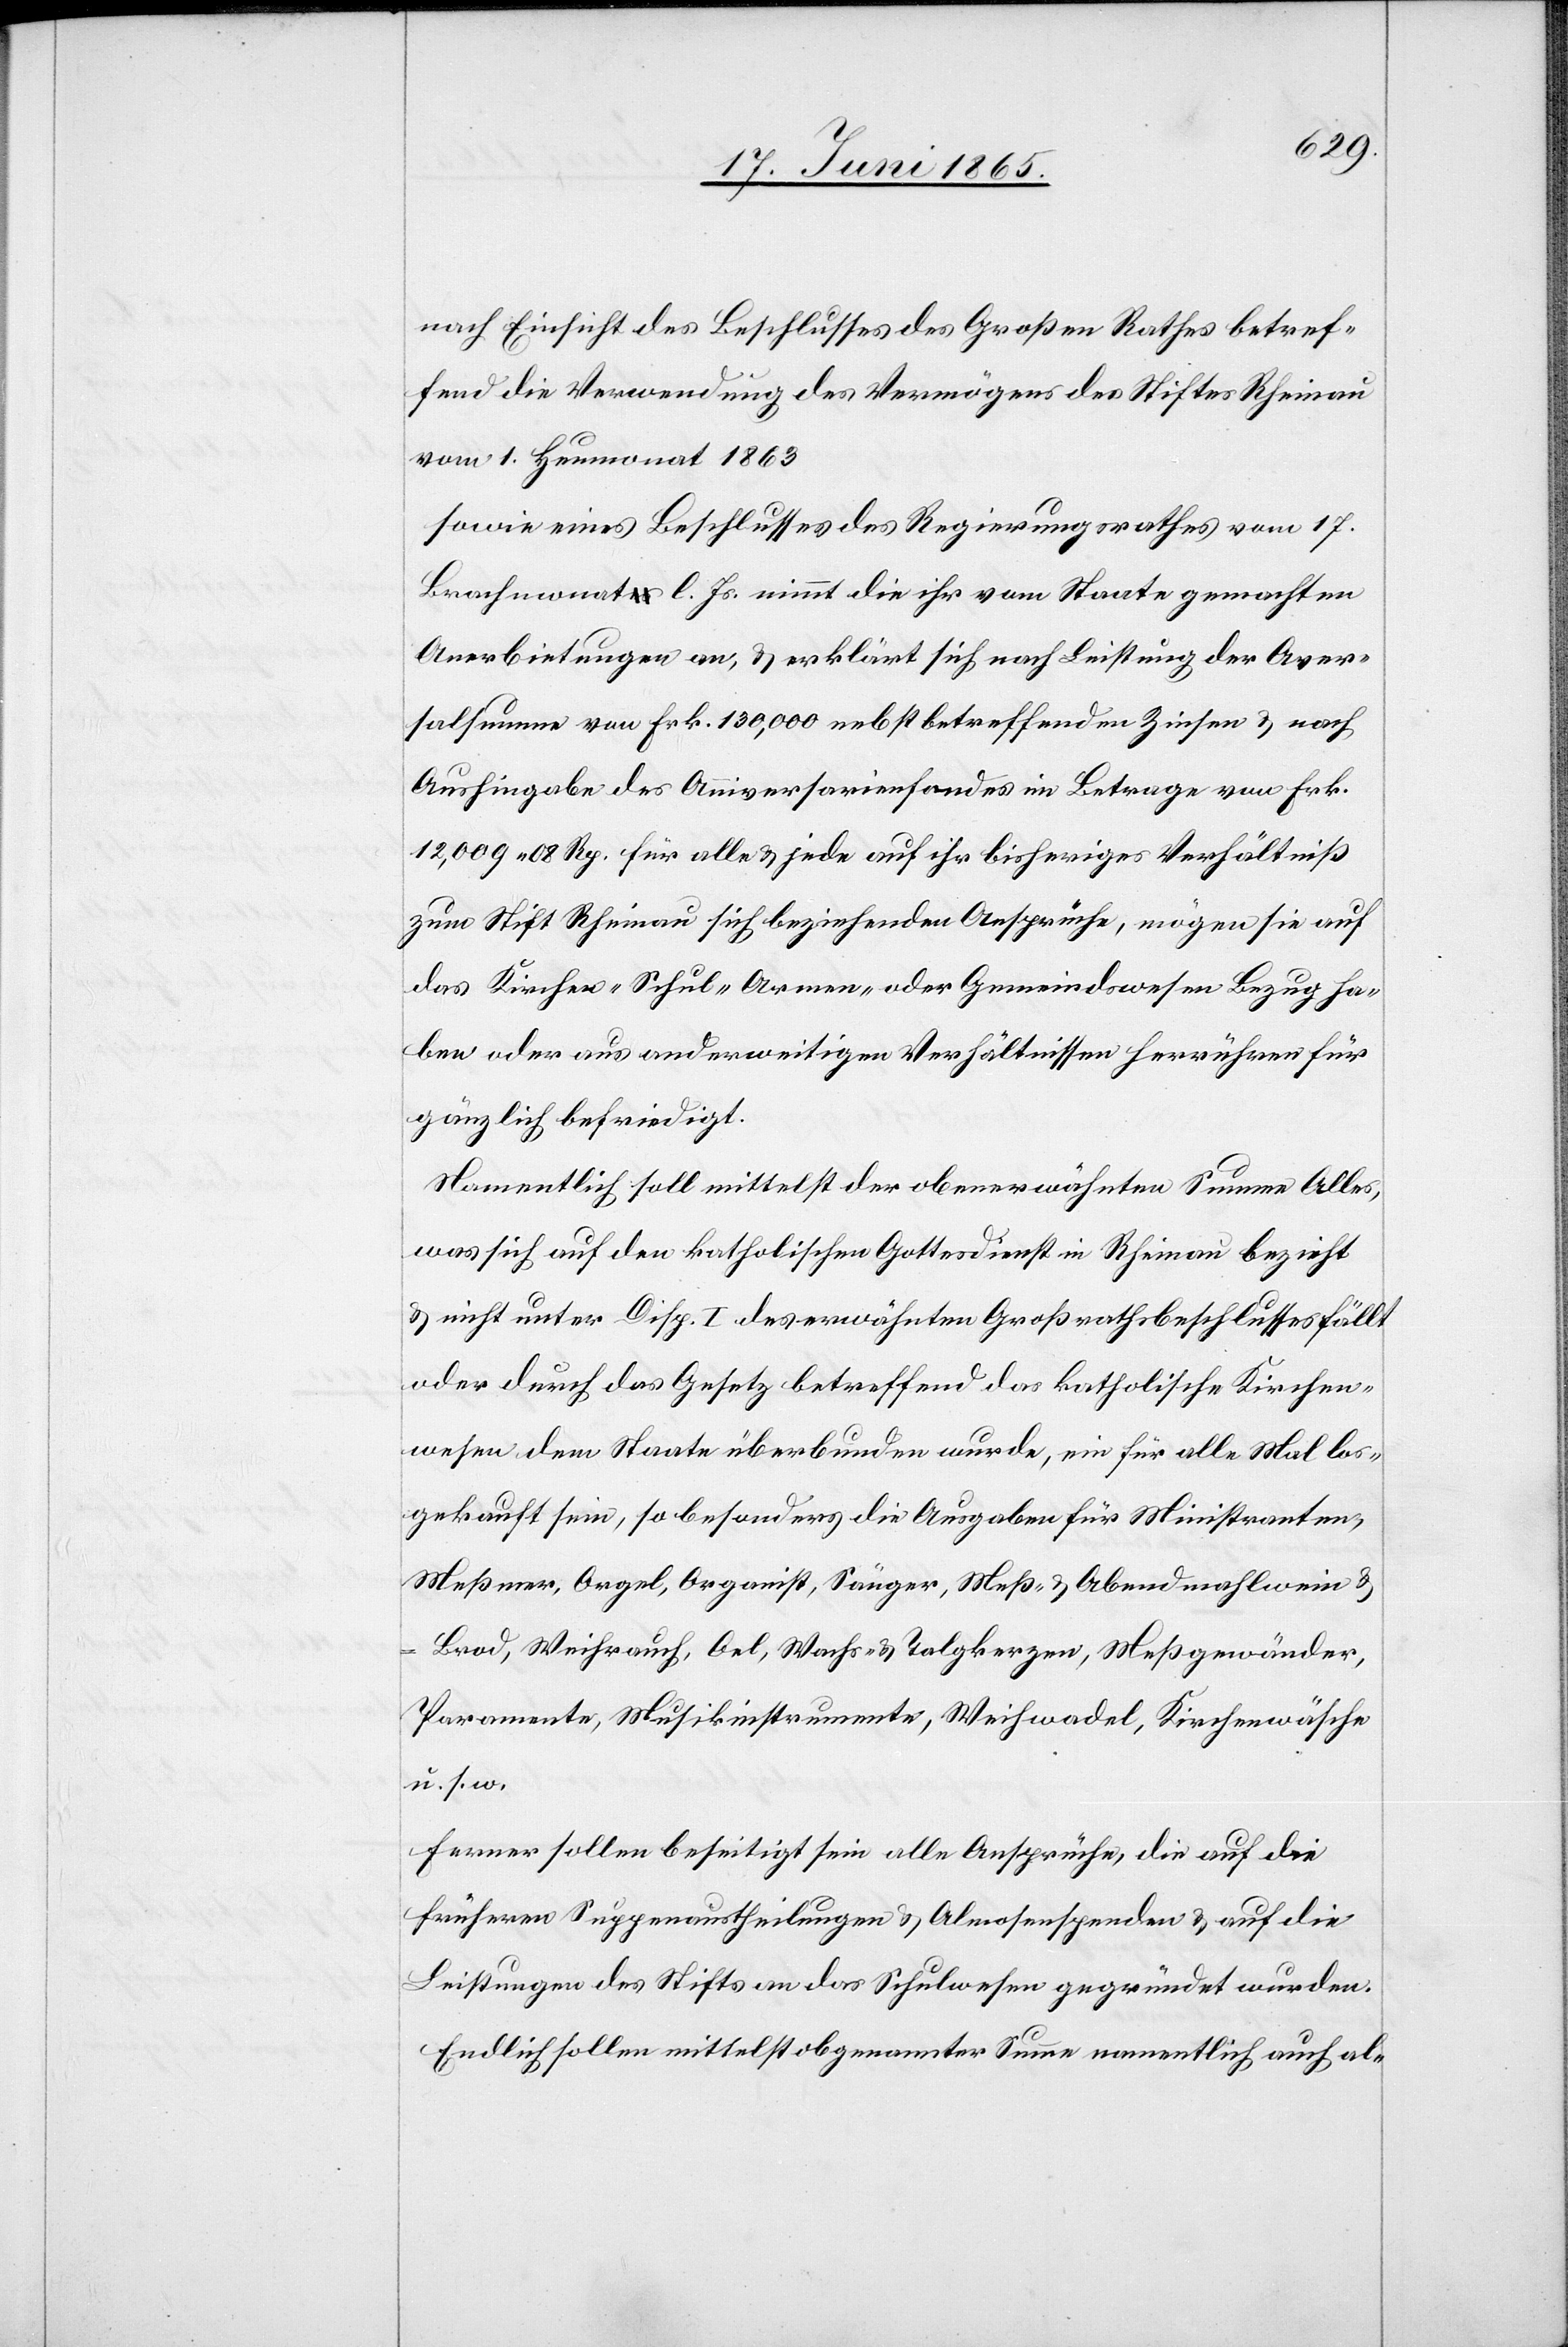
nach Einsicht des Beschlusses des Großen Rathes betref¬
fend die Verwendung des Vermögens des Stiftes Rheinau
vom 1. Heumonat 1863
sowie eines Beschlusses des Regierungsrathes vom 17.
Brachmonat l. Js. nimmt die ihr vom Staate gemachten
Anerbietungen an, & erklärt sich nach Leistung der Aver¬
salsumme von Frk. 130,000 nebst betreffenden Zinsen & nach
Aushingabe des Anniversarienfondes im Betrage vom Frk.
12,009 08 Rp. für alle & jede auf ihr bisheriges Verhältniß
zum Stift Rheinau sich beziehenden Ansprüche, mögen sie auf
das Kirchen-[,] Schul-[,] Armen- oder Gemeindswesen Bezug ha¬
ben oder aus anderweitigen Verhältnissen herrühren für
gänzlich befriedigt.
Namentlich soll mittelst der obenerwähnten Summe Alles,
was sich auf den katholischen Gottesdienst in Rheinau bezieht
& nicht unter Disp. I des erwähnten Großrahtsbeschlusses fällt
oder durch das Gesetz betreffend das katholische Kirchen¬
wesen dem Staate überbunden wurde, ein für alle Mal los¬
gekauft sein, so besonders die Ausgaben für Ministranten,
Meßmer, Orgel, Organist, Sänger, Meß- & Abendmahlwein &
-Brod, Weihrauch, Oel, Wachs- & Talgkerzen, Meßgewänder,
Paramente, Musikinstrumente, Weihwadel, Kirchenwäsche
u. s. w.
Ferner sollen beseitigt sein alle Ansprüche, die auf die
früheren Suppenaustheilungen & Almosenspenden & auf die
Leistungen des Stifts an das Schulwesen gegründet wurden.
Endlich sollen mittelst obgenannter Summe namentlich auch al-